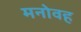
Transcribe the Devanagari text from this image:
मनोवह